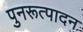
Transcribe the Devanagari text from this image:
पुनरूत्पादन